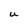
Character: u